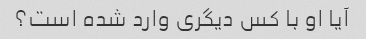
آیا او با کس دیگری وارد شده است؟